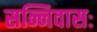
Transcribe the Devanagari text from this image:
सन्निवासः